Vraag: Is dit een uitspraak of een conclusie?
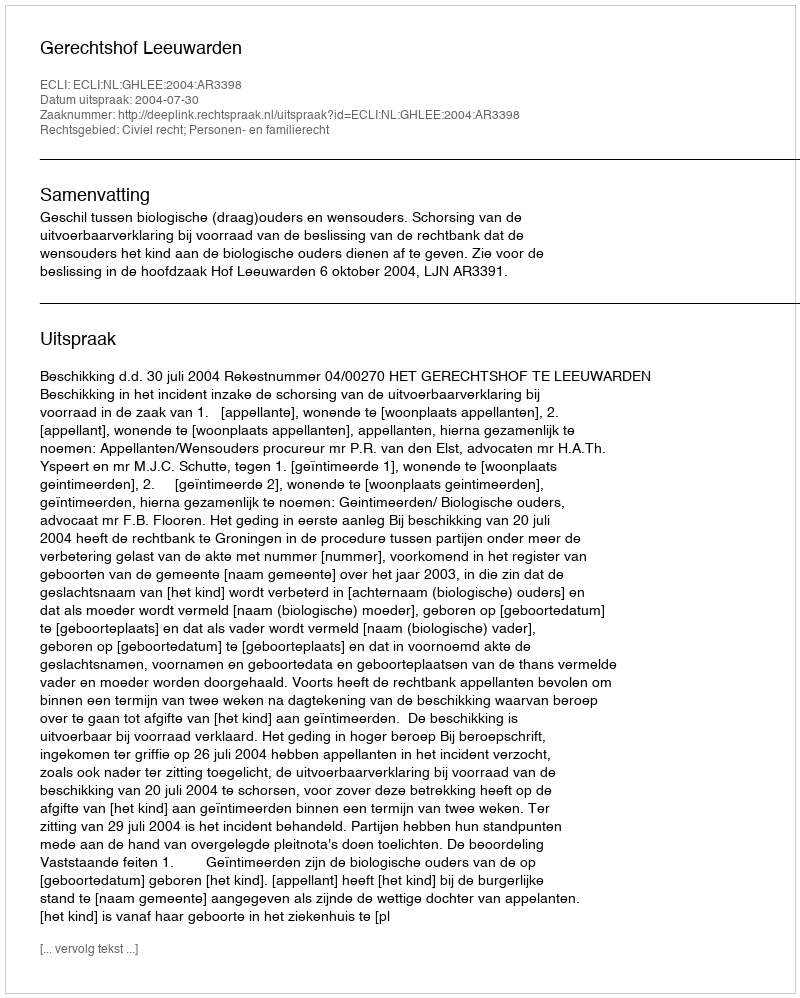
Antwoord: Uitspraak